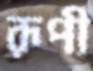
রূপী